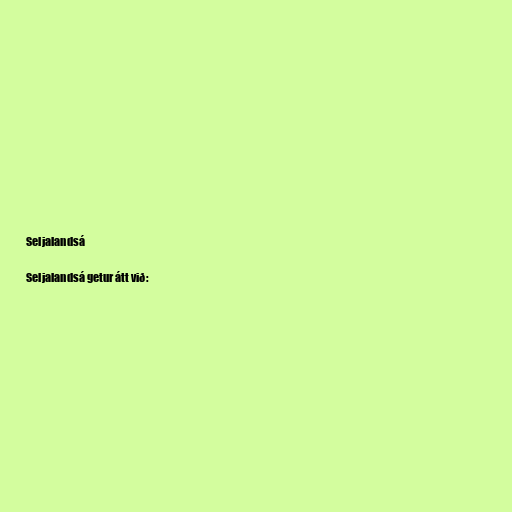
Seljalandsá

Seljalandsá getur átt við: